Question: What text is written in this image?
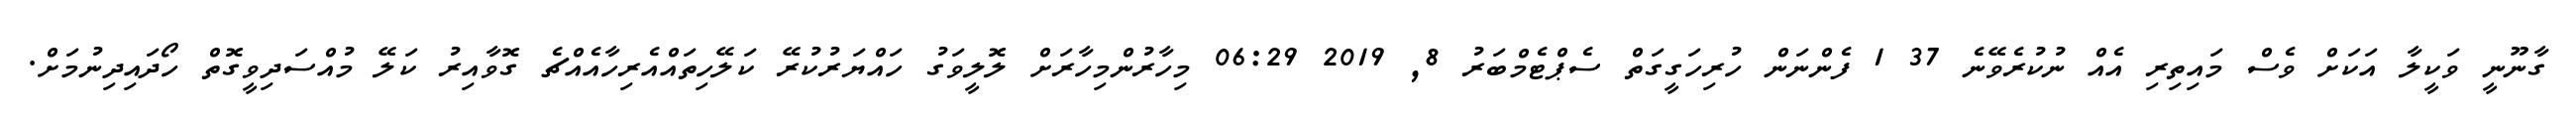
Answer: ގާނޫނީ ވަކީލާ އަކަށް ވެސް މައިތިރި އެއް ނުކުރެވޭނެ 37 1 ފެންނަން ހުރިހަގީގަތް ސެޕްޓެމްބަރު 8, 2019 06:29 މިހާރުންމިހާރަށް ލޮލީވަގު ހައްޔަރުކުރޭ ކަލޭހިތައްއެރިހާއެއްޗެ ގޮވާއިރު ކަލޭ މުއްސަދިވީގޮތް ހޯދައިދިނުމަށް.